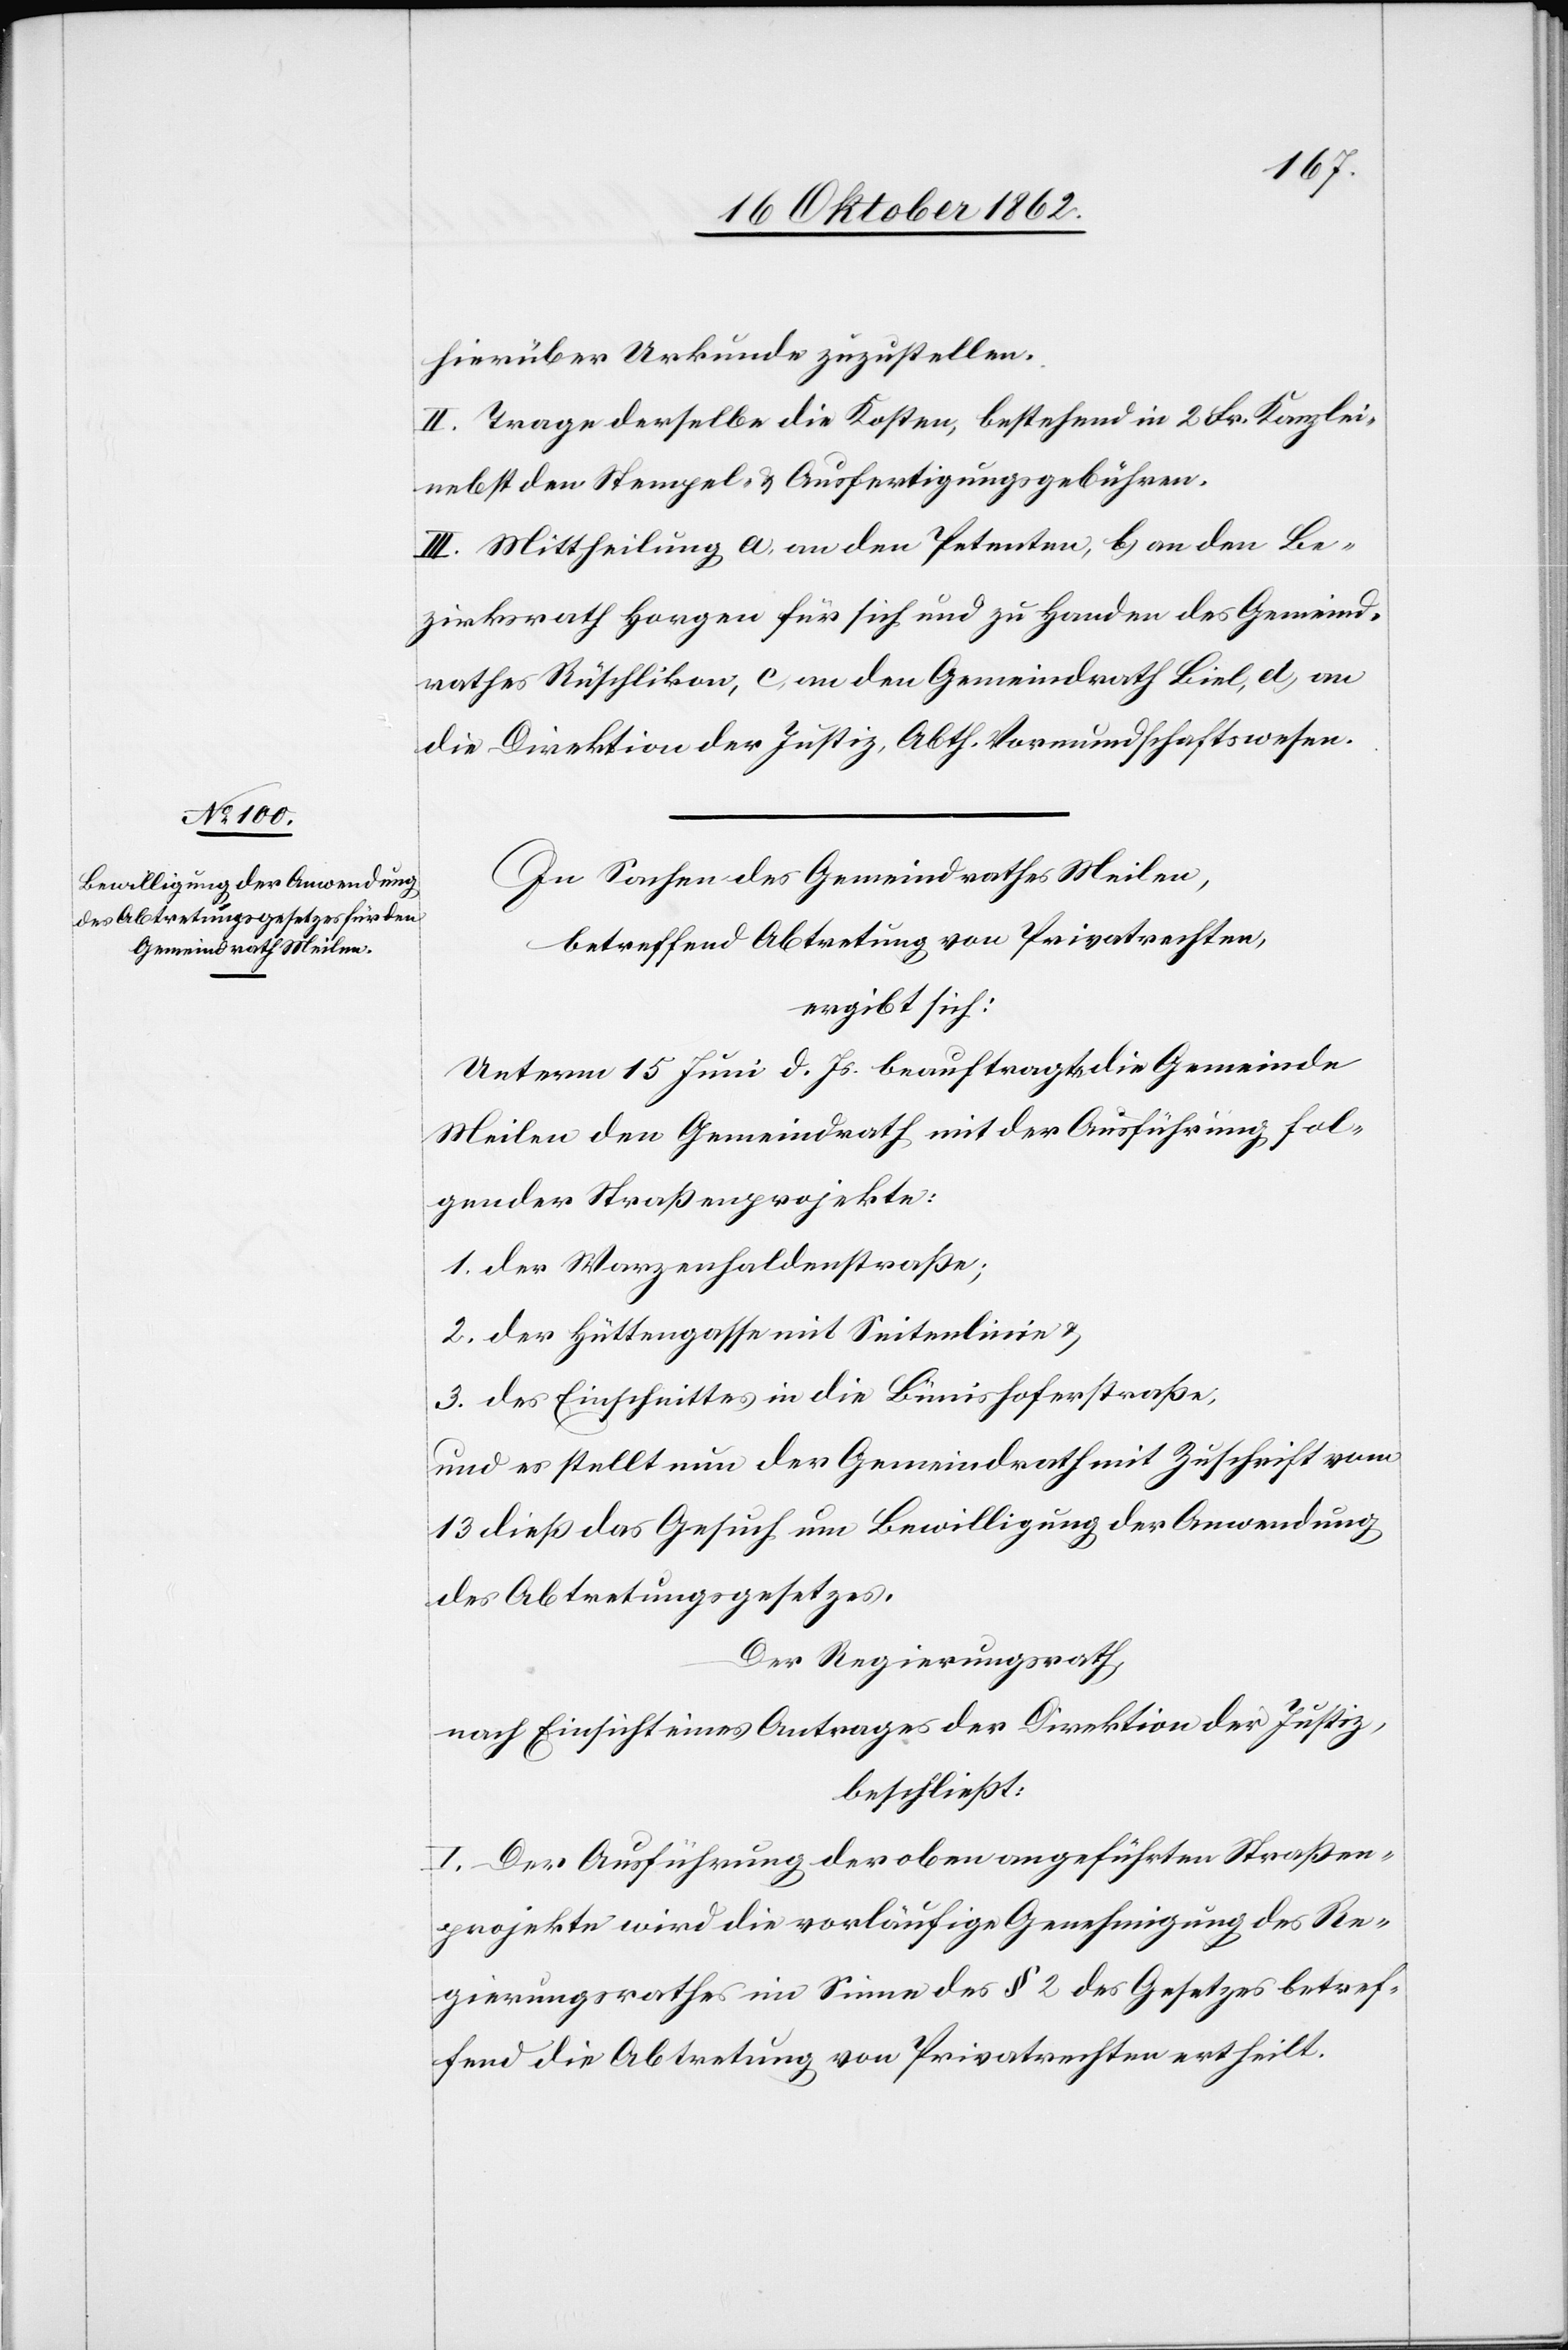
hierüber Urkunde zuzustellen.
II. Trage derselbe die Kosten bestehend in 2 Frk. Kanzlei-
nebst den Stempel- u. Ausfertigungsgebühren.
III. Mittheilung a. an den Petenten, b. an den Be¬
zirksrath Horgen für sich und zu Handen des Gemeind¬
rathes Rüschlikon, c. an den Gemeindrath Biel, d. an
die Direktion der Justiz, Abth. Vormundschaftswesen.
In Sachen des Gemeindrathes Meilen,
betreffend Abtretung von Privatrechten,
ergibt sich:
Unterm 15. Juni d. Js. beauftragte die Gemeinde
Meilen den Gemeindrath mit der Ausführung fol¬
gender Straßenprojekte:
1. Der Warzenhaldenstraße;
2. Der Hüttengasse mit Seitenlinie u.
3. Des Einschnittes in die Bünishoferstraße,
und es stellt nun der Gemeindrath mit Zuschrift vom
13. dieß das Gesuch um Bewilligung der Anwendung
des Abtretungsgesetzes.
Der Regierungsrath,
nach Einsicht eines Antrages der Direktion der Justiz,
beschließt:
I. Der Aufführung der oben angeführten Straßen¬
projekte wir die vorläufige Genehmigung des Re¬
gierungsrathes im Sinne des § 2 des Gesetzes betref¬
fend die Abtretung von Privatrechten ertheilt.